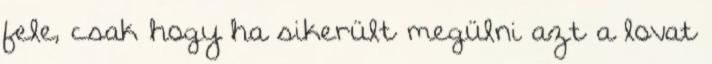
fele, csak hogy ha sikerült megülni azt a lovat